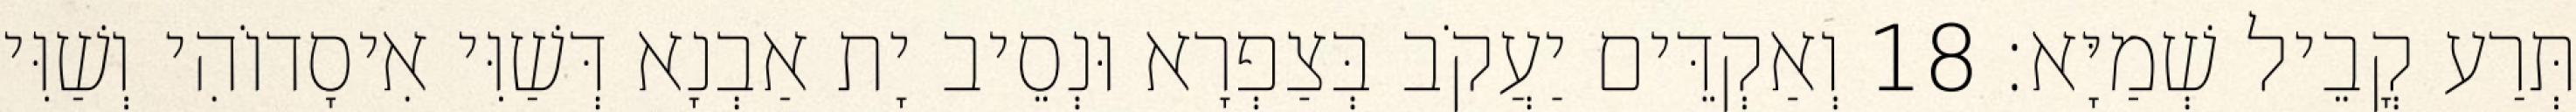
תְּרַע קֳבֵיל שְׁמַיָּא׃ 18 וְאַקְדֵּים יַעֲקֹב בְּצַפְרָא וּנְסֵיב יָת אַבְנָא דְּשַׁוִּי אִיסָדוֹהִי וְשַׁוִּי